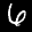
Label: 6